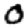
Digit: 0